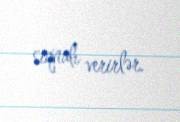
siqnalı verirlər.